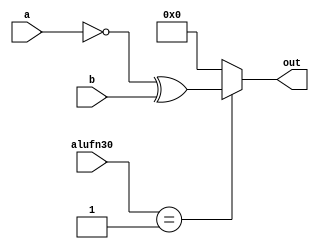
/*
   This file was generated automatically by the Mojo IDE version B1.3.6.
   Do not edit this file directly. Instead edit the original Lucid source.
   This is a temporary file and any changes made to it will be destroyed.
*/

module boolean_14 (
    input [3:0] alufn30,
    input [15:0] a,
    input [15:0] b,
    output reg [15:0] out
  );
  
  
  
  integer i;
  
  always @* begin
    out = 1'h0;
    if (alufn30 == 7'h64) begin
      out = a & b;
    end
    if (alufn30 == 11'h456) begin
      out = a ^ b;
    end
    if (alufn30 == 1'h1) begin
      out = ~a ^ b;
    end
    if (alufn30 == 7'h6f) begin
      out = ~a & b;
    end
    if (alufn30 == 10'h3f2) begin
      out = a;
    end
  end
endmodule